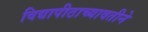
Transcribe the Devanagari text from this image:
विद्यापीठाच्यावतीने